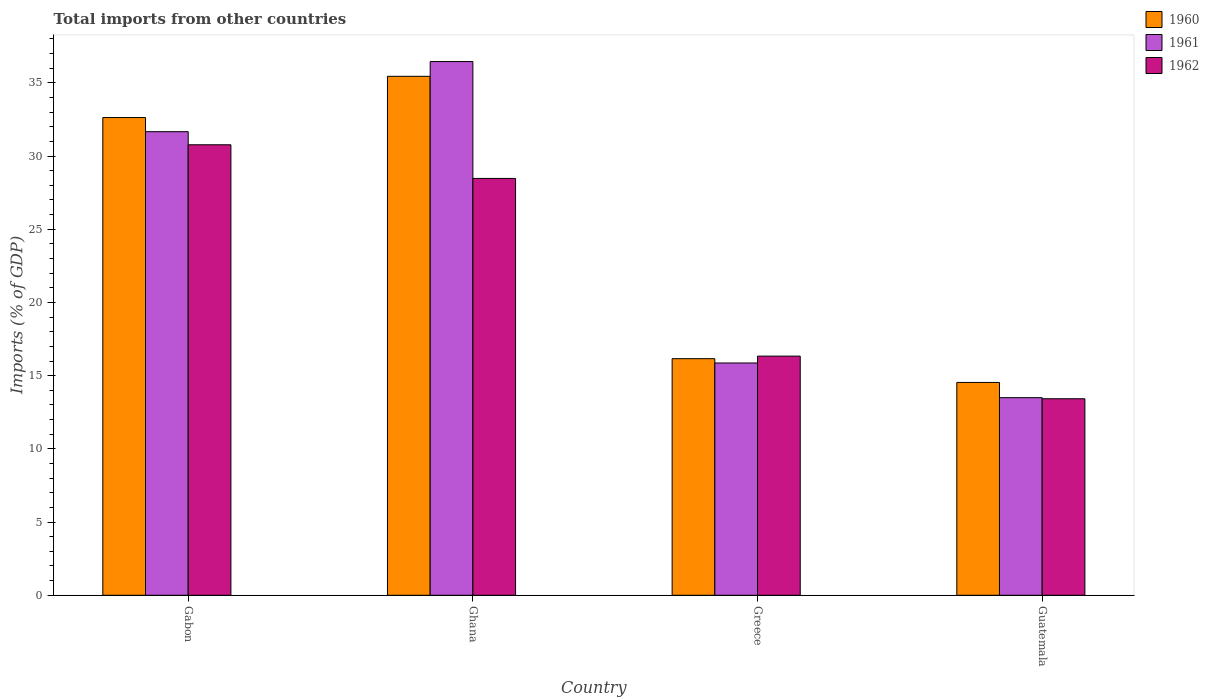
| Country | 1960 | 1961 | 1962 |
 | --- | --- | --- | --- |
 | Gabon | 32.6 | 31.7 | 30.8 |
 | Ghana | 35.4 | 36.5 | 28.5 |
 | Greece | 16.2 | 15.9 | 16.3 |
 | Guatemala | 14.5 | 13.5 | 13.4 |